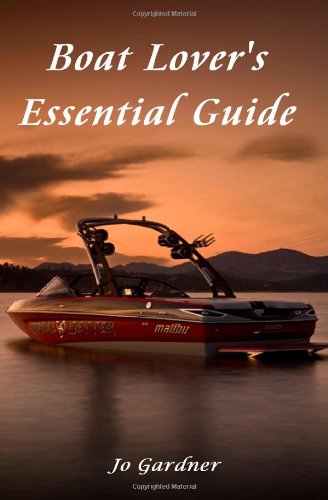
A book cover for Boat Lover's Essential Guide; Jo Gardner; Sports & Outdoors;